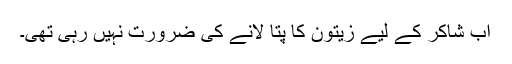
اب شاکر کے لیے زیتون کا پتا لانے کی ضرورت نہیں رہی تھی۔